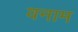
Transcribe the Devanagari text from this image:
वनाम